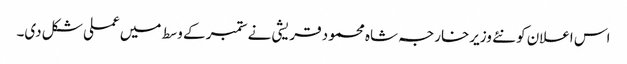
اس اعلان کو نئے وزیرخارجہ شاہ محمود قریشی نے ستمبر کے وسط میں عملی شکل دی۔